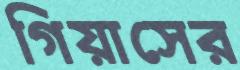
গিয়াসের